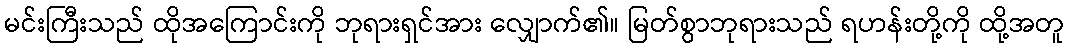
မင်းကြီးသည် ထိုအကြောင်းကို ဘုရားရှင်အား လျှောက်၏။ မြတ်စွာဘုရားသည် ရဟန်းတို့ကို ထို့အတူ